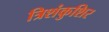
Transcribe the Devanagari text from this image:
त्रिशंकुशिर